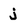
Character: j